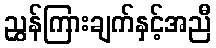
ညွှန်ကြားချက်နှင့်အညီ